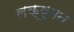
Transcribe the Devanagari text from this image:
लक्षुमन